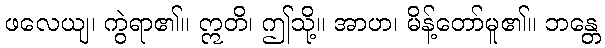
ဖလေယျ၊ ကွဲရာ၏။ ဣတိ၊ ဤသို့။ အာဟ၊ မိန့်တော်မူ၏။ ဘန္တေ